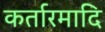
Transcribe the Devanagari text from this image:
कर्तारमादि